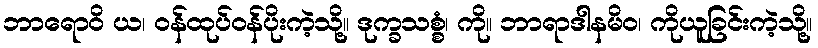
ဘာရောဝိ ယ၊ ဝန်ထုပ်ဝန်ပိုးကဲ့သို့။ ဒုက္ခသစ္စံ၊ ကို။ ဘာရာဒါနမိဝ၊ ကိုယူခြင်းကဲ့သို့။